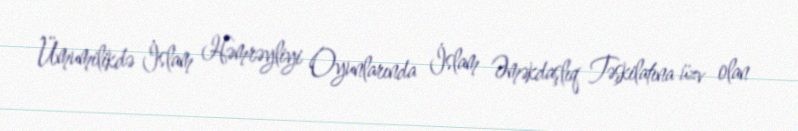
Ümumilikdə İslam Həmrəyliyi Oyunlarında İslam Əməkdaşlıq Təşkilatına üzv olan